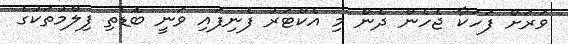
ވަރަށް ފަހަކާ ޖެހެން ދެން މި އެކްޓަރު ފެނިފައި ވަނީ ބޮޑެތި ފިލްމުތަކުގެ